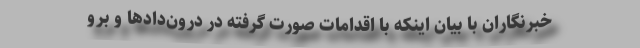
خبرنگاران با بیان اینکه با اقدامات صورت گرفته در درون‌دادها و برو